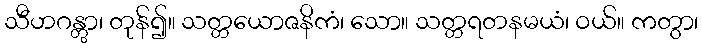
သီဟဂန္တွာ၊ တုန်၍။ သတ္တယောဇနိကံ၊ သော။ သတ္တရတနမယံ၊ ဝယ်။ ကတွာ၊